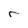
Character: r